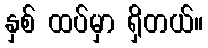
နှစ် ထပ်မှာ ရှိတယ်။